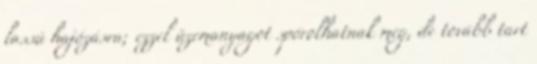
lassú hajózásra; ezzel üzemanyagot spórolhatnak meg, de tovább tart